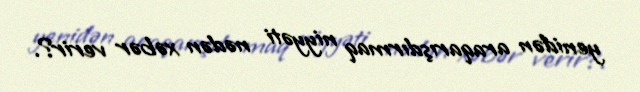
yenidən araqarışdırmaq niyyəti nədən xəbər verir?.